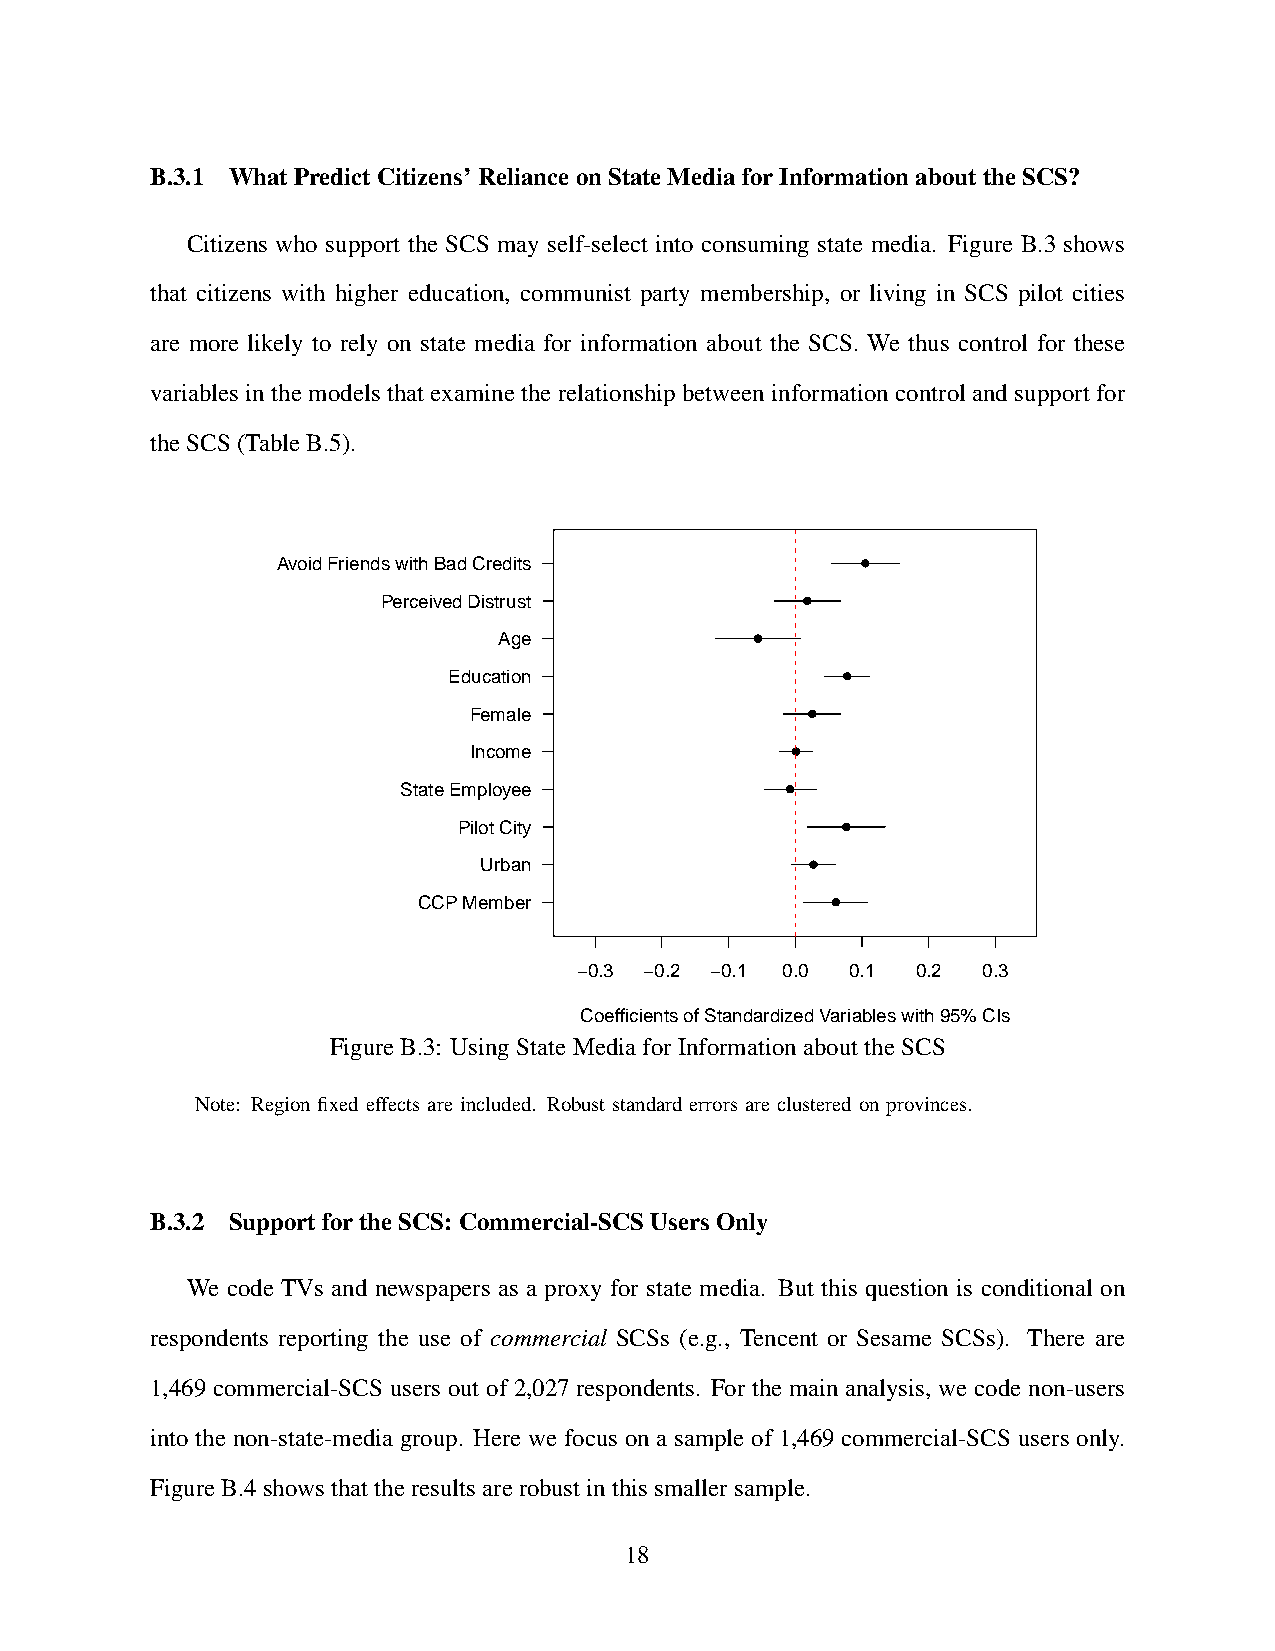
B.3.1 WhatPredictCitizens’RelianceonStateMediaforInformationabouttheSCS?
 Citizens who support the SCS may self-select into consuming state media. Figure B.3 shows
 that citizens with higher education, communist party membership, or living in SCS pilot cities
 are more likely to rely on state media for information about the SCS. We thus control for these
 variables in the models that examine the relationship between information control and support for
 theSCS(TableB.5).
 Avoid Friends with Bad Credits
 Perceived Distrust
 Age
 Education
 Female
 Income
 State Employee
 Pilot City
 Urban
 CCP Member
 −0.3 −0.2 −0.1 0.0 0.1 0.2 0.3
 Coefficients of Standardized Variables with 95% CIs
 FigureB.3: UsingStateMediaforInformationabouttheSCS
 Note: Region fixed effects are included. Robust standard errors are clustered on provinces.
 B.3.2 SupportfortheSCS:Commercial-SCSUsersOnly
 We code TVs and newspapers as a proxy for state media. But this question is conditional on
 respondents reporting the use of commercial SCSs (e.g., Tencent or Sesame SCSs). There are
 1,469 commercial-SCS users out of 2,027 respondents. For the main analysis, we code non-users
 into the non-state-media group. Here we focus on a sample of 1,469 commercial-SCS users only.
 FigureB.4showsthattheresultsarerobustinthissmallersample.
 18